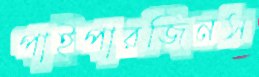
পাইপারজিনস